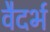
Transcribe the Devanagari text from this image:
वैदर्भ